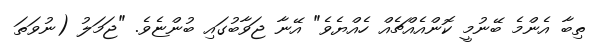
ތިބާ އެންމެ ބޭނުމީ ކޮންއެއްޗެއް ހެއްޔެވެ" އޭނާ ޖަވާބުގައި ބުންޏެވެ. "ޖަމަލު (ނުވަތަ